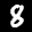
Label: 8